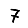
Digit: 7